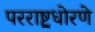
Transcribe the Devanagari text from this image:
परराष्ट्रधोरणे